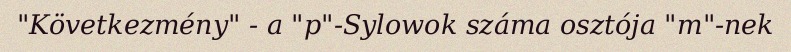
"Következmény" - a "p"-Sylowok száma osztója "m"-nek